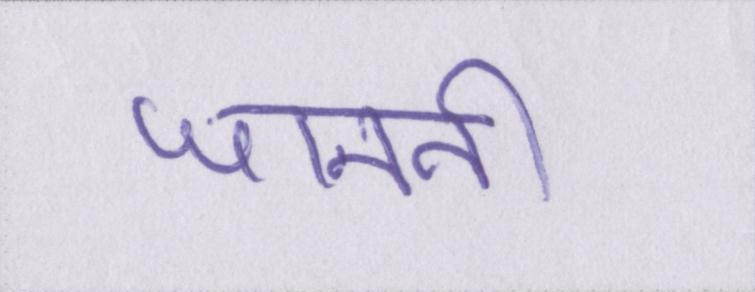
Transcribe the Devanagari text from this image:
जाननी